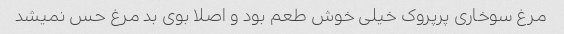
مرغ سوخاری پرپروک خیلی خوش طعم بود و اصلا بوی بد مرغ حس نمیشد